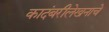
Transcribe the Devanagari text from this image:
कादंबरीलेखनाचे